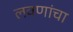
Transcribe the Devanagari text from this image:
लवणांचा